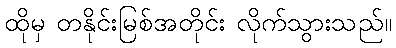
ထိုမှ တနိုင်းမြစ်အတိုင်း လိုက်သွားသည်။